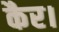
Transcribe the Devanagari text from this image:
कैर।